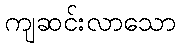
ကျဆင်းလာသော